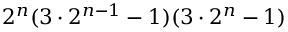
2 ^ { n } ( 3 \cdot 2 ^ { n - 1 } - 1 ) ( 3 \cdot 2 ^ { n } - 1 )